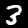
Digit: 3